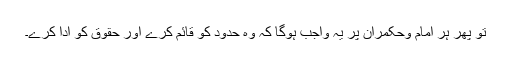
تو پھر ہر امام وحکمران پر یہ واجب ہوگا کہ وہ حدود کو قائم کرے اور حقوق کو ادا کرے۔